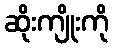
ဆိုးကျိုးကို